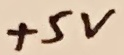
Text: +5V